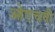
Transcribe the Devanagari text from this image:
ओएचवी